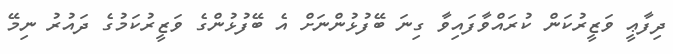
ދިފާޢީ ވަޒީރުކަން ކުރައްވާފައިވާ ގިނަ ބޭފުޅުންނަށް އެ ބޭފުޅުންގެ ވަޒީރުކަމުގެ ދައުރު ނިމޭ